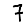
Digit: 7